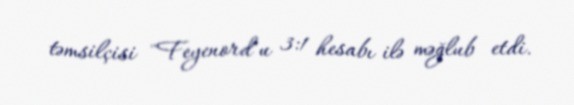
təmsilçisi "Feyenord"u 3:1 hesabı ilə məğlub etdi.